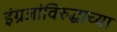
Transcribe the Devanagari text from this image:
इंग्रजांविरुद्धाच्या